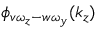
\phi _ { v \omega _ { z } - w \omega _ { y } } ( k _ { z } )